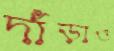
দাঁড়াও